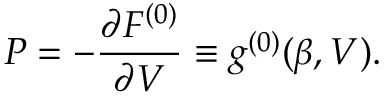
P = - \frac { \partial F ^ { ( 0 ) } } { \partial V } \equiv g ^ { ( 0 ) } ( \beta , V ) .